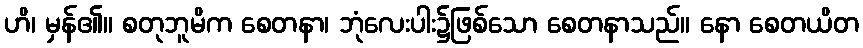
ဟိ၊ မှန်၏။ စတုဘူမိက စေတနာ၊ ဘုံလေးပါး၌ဖြစ်သော စေတနာသည်။ နော စေတယိတ